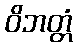
ဝိဘတ္တံ